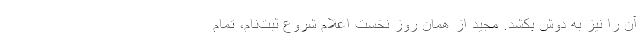
آن را نيز به دوش بكشد. مجيد از همان روز نخست اعلام شروع ثبت‌نام، تمام